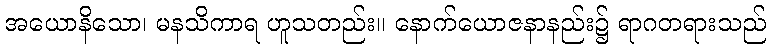
အယောနိသော၊ မနသိကာရ ဟူသတည်း။ နောက်ယောဇနာနည်း၌ ရာဂတရားသည်